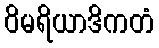
ဝိမရိယာဒိကတံ